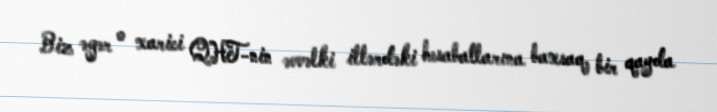
Biz əgər o xarici QHT-nin əvvəlki illərdəki hesabatlarına baxsaq, bir qayda